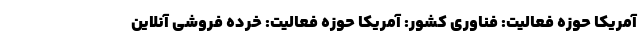
آمریکا حوزه فعالیت: فناوری کشور: آمریکا حوزه فعالیت: خرده فروشی آنلاین